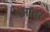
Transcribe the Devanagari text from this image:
आत्तूर